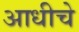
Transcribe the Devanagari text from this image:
अाधीचे